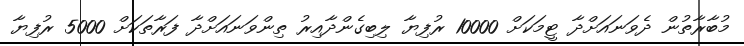
މުބާރާތުން ދެވަނައަށްދާ ޓީމަކަށް 10000 ރުފިޔާ ލިބިގެންދާއިރު ތިންވަނައަށްދާ ފަރާތަކަށް 5000 ރުފިޔާ